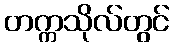
တက္ကသိုလ်တွင်